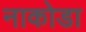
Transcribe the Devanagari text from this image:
नाकोडा